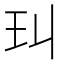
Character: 㺩